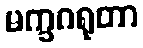
မက္ခဂရုတာ